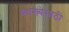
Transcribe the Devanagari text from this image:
व्याख्येसाठी